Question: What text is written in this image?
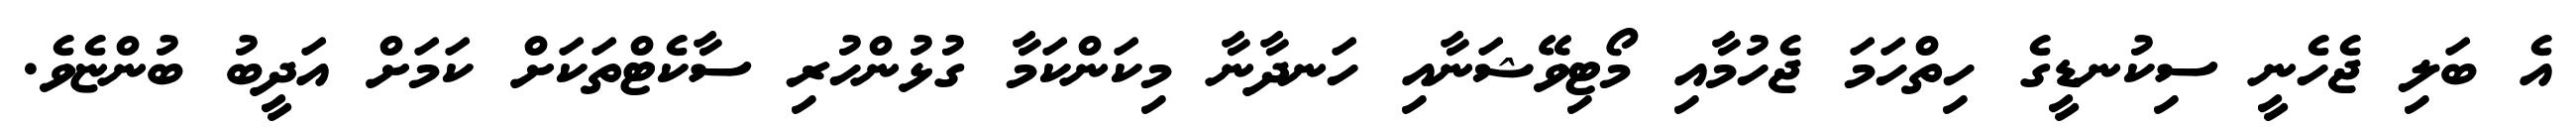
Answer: އެ ބަލި ޖެހެނީ ސިކުނޑީގެ ހިތްހަމަ ޖެހުމާއި މޯޓިވޭޝަނާއި ހަނދާނާ މިކަންކަމާ ގުޅުންހުރި ސާކެޓްތަކަށް ކަމަށް އަދީބު ބުންޏެވެ.